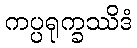
ကပ္ပရုက္ခဿိဒံ